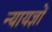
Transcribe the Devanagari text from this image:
न्यायज्ञों